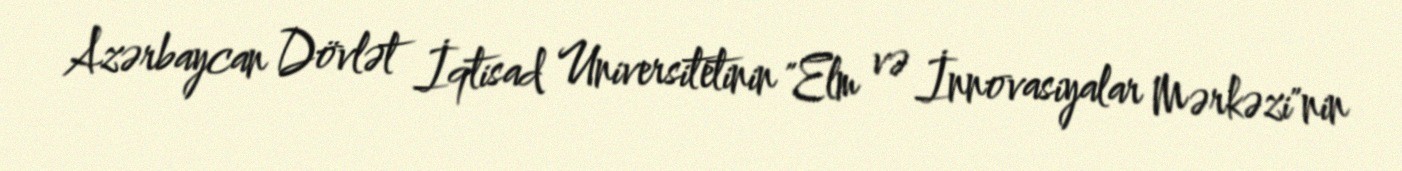
Azərbaycan Dövlət İqtisad Universitetinin "Elm və İnnovasiyalar Mərkəzi"nin